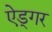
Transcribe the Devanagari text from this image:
ऐड्गर